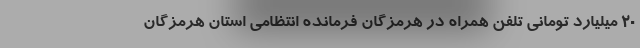
20 میلیارد تومانی تلفن همراه در هرمزگان فرمانده انتظامی استان هرمزگان